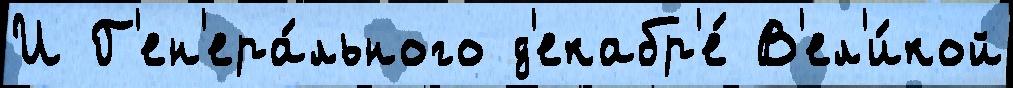
И Г'ен'ера́льного д'екабр'е́ В'ел'и́кой